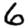
Digit: 6